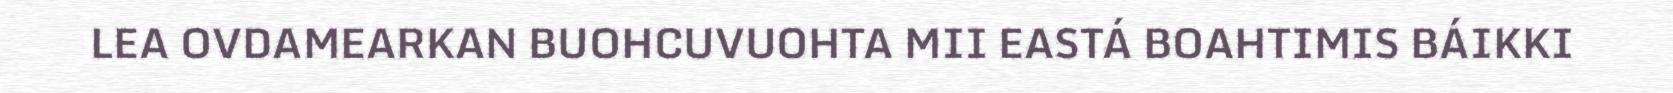
LEA OVDAMEARKAN BUOHCUVUOHTA MII EASTÁ BOAHTIMIS BÁIKKI